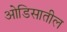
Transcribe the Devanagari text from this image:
ओडिसातील